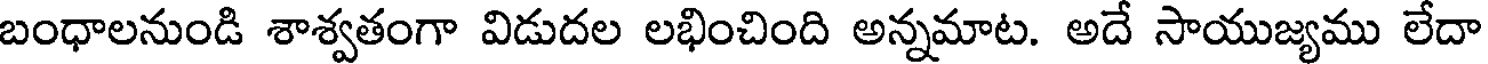
బంధాలనుండి శాశ్వతంగా విడుదల లభించింది అన్నమాట. అదే సాయుజ్యము లేదా